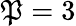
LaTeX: \mathfrak{P}=3